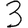
Digit: 3